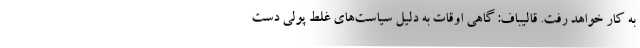
به کار خواهد رفت. قالیباف: گاهی اوقات به دلیل سیاست‌های غلط پولی دست